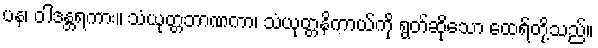
ပန၊ ဝါဒန္တရကား။ သံယုတ္တဘာဏကာ၊ သံယုတ္တနိကာယ်ကို ရွတ်ဆိုသော ထေရ်တို့သည်။